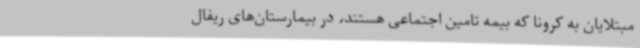
مبتلایان به کرونا که بیمه تامین اجتماعی هستند، در بیمارستان‌های ریفال